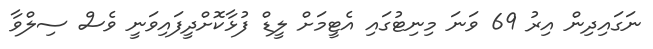
ނަގައިދިން އިރު 69 ވަނަ މިނިޓުގައި އެޓީމަށް ލީޑް ފުޅާކޮށްދީފައިވަނީ ވެސް ސިލްވާ